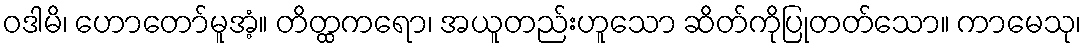
ဝဒါမိ၊ ဟောတော်မူအံ့။ တိတ္ထကရော၊ အယူတည်းဟူသော ဆိတ်ကိုပြုတတ်သော။ ကာမေသု၊